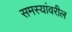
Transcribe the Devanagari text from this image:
समस्यांवरील